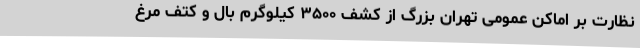
نظارت بر اماکن عمومی تهران بزرگ از کشف ۳۵۰۰ کیلوگرم بال و کتف مرغ